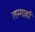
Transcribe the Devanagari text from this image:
लम्गार्हा